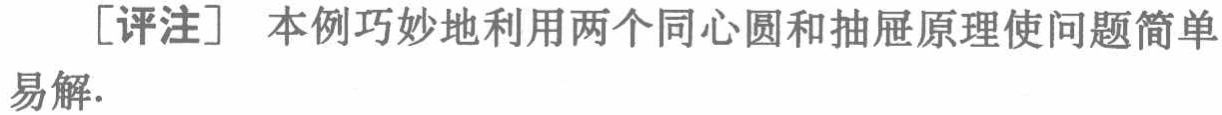
[评注] 本例巧妙地利用两个同心圆和抽屉原理使问题简单易解.